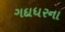
ગદાધરના